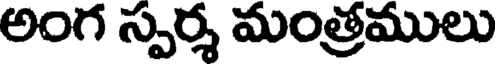
అంగ స్పర్శ మంత్రములు